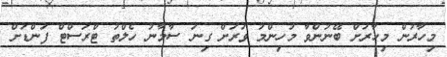
މިހާރުން މިހާރަށް ބޭނުންވާ މުހިންމު ވަރަށް ގިނަ ސާމާނު ހެލްތު ޓްރަސްޓް ފަންޑަށް